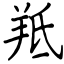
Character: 羝